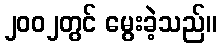
၂၀၀၂တွင် မွေးခဲ့သည်။